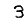
Digit: 3